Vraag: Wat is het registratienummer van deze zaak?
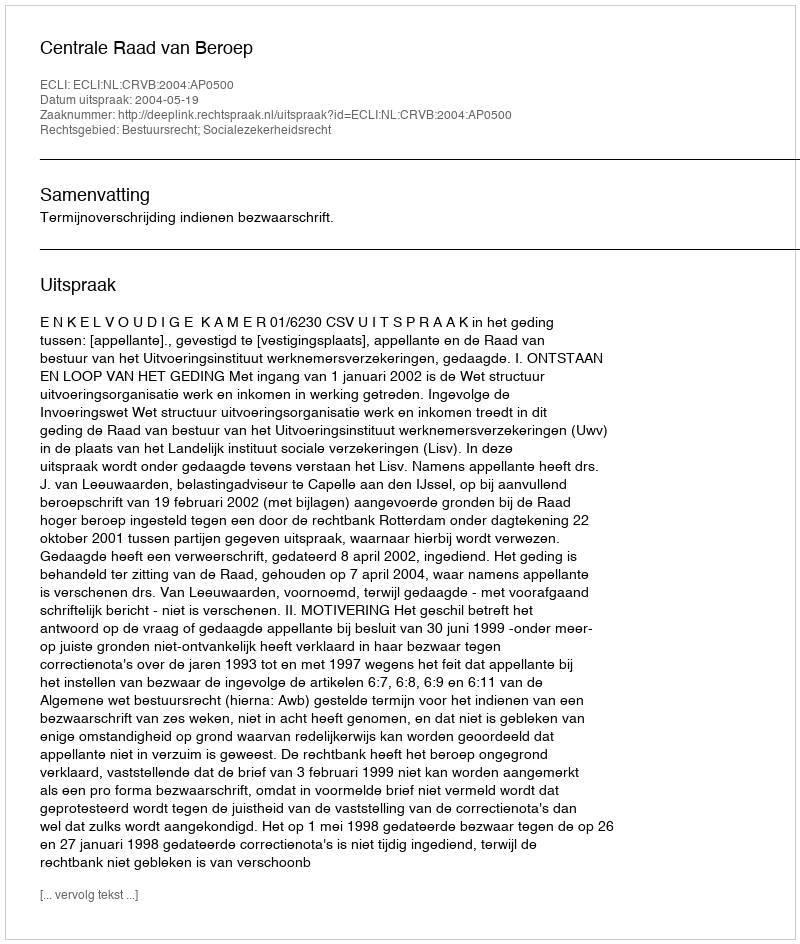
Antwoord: http://deeplink.rechtspraak.nl/uitspraak?id=ECLI:NL:CRVB:2004:AP0500